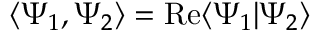
\langle \Psi _ { 1 } , \Psi _ { 2 } \rangle = \operatorname { R e } \langle \Psi _ { 1 } | \Psi _ { 2 } \rangle